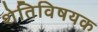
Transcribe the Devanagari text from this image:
शेतिविषयक